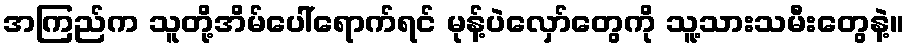
အကြည်က သူတို့အိမ်ပေါ်ရောက်ရင် မုန့်ပဲလှော်တွေကို သူ့သားသမီးတွေနဲ့။